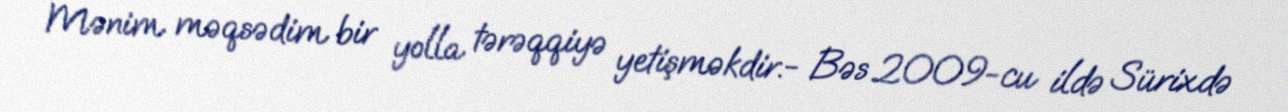
Mənim məqsədim bir yolla tərəqqiyə yetişməkdir.- Bəs 2009-cu ildə Sürixdə